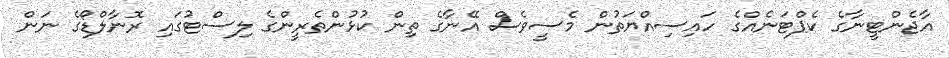
އާޖެންޓީނާގެ ކެޕްޓަނެއްގެ ހައިސިއްޔަތުން މެސީވެސް އޭނާގެ ތިން ކުޅުންތެރީންގެ ލިސްޓުގައި ރޮނާލްޑޯގެ ނަން